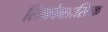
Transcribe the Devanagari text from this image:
लिंफोब्लास्तिक